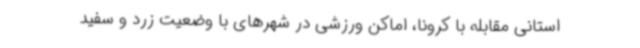
استانی مقابله با کرونا، اماکن ورزشی در شهرهای با وضعیت زرد و سفید